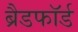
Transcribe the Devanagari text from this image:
ब्रैडफाॅर्ड